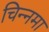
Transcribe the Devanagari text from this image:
चिन्नमा